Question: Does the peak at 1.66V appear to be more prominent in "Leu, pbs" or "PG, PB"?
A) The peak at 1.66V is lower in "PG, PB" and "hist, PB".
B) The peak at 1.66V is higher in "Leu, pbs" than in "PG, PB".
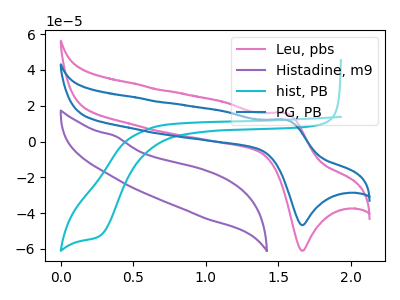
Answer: <think>The pink curve "Leu, pbs" has an anodic peak at (1.55V, 15.90uA) and a cathodic peak at (1.65V, -61.05uA). The purple curve "Histadine, m9" has no peaks. The cyan curve "hist, PB" has a cathodic peak at: (0.25V, -52.75uA). The blue curve "PG, PB" has an anodic peak at (1.55V, 12.15uA) and a cathodic peak at (1.65V, -46.75uA).</think>
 <answer>B) The peak at 1.66V is higher in "Leu, pbs" than in "PG, PB".</answer>
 <eval>B</eval>